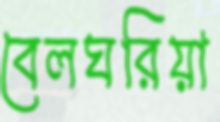
বেলঘরিয়া